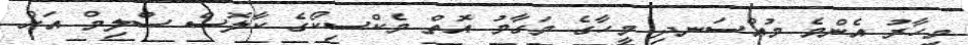
މިހާރު އެންމެ މުއްސަނދި މީހާގެ މަގާމު އޮތް މެކްސިކޯގެ ކާލޮސް ސްލިމް އަށް